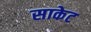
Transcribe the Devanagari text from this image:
साकेट